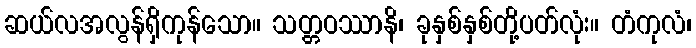
ဆယ်လအလွန်ရှိကုန်သော။ သတ္တဝဿာနိ၊ ခုနှစ်နှစ်တို့ပတ်လုံး။ တံကုလံ၊